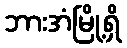
ဘားအံမြို့ရှိ